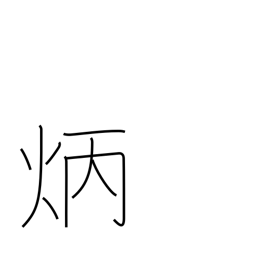
Meaning: clear & bright